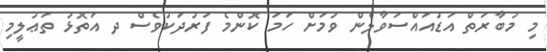
މި މުބާރަތް އަޑުއައްސަވާލެން ވުމަށް ހަމަ ކޮންމެ ފަރުދަކުވެސް ދ އަތޮޅު ތަޢުލީމި